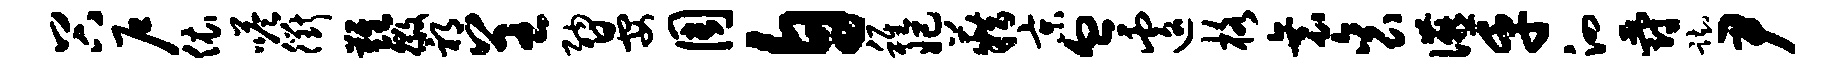
谷户依嗒衢难徽祁呈纳晏周自稚妃籍京血遽格衰衮宴乎泗爵踟尹